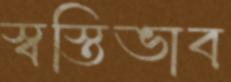
স্বস্তিভাব